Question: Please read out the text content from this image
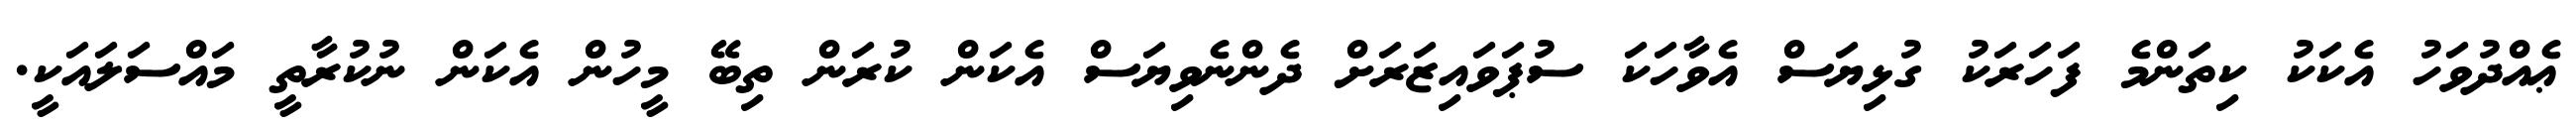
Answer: ޢެއްދުވަހު އެކަކު ކިތަންމެ ފަހަރަކު ގުޅިޔަސް އެވާހަކަ ސުޕަވައިޒަރަށް ދެންނެވިޔަސް އެކަން ކުރަން ތިބޭ މީހުން އެކަން ނުކުރާތީ މައްސަލައަކީ.